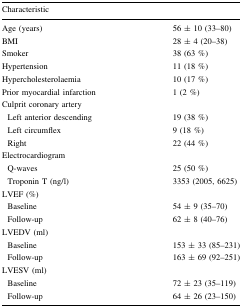
<table><thead><tr><td><b>Characteristic</b></td><td></td></tr></thead><tbody><tr><td>Age (years)</td><td>56 ± 10 (33–80)</td></tr><tr><td>BMI</td><td>28 ± 4 (20–38)</td></tr><tr><td>Smoker</td><td>38 (63 %)</td></tr><tr><td>Hypertension</td><td>11 (18 %)</td></tr><tr><td>Hypercholesterolaemia</td><td>10 (17 %)</td></tr><tr><td>Prior myocardial infarction</td><td>1 (2 %)</td></tr><tr><td colspan="2">Culprit coronary artery</td></tr><tr><td> Left anterior descending</td><td>19 (38 %)</td></tr><tr><td> Left circumflex</td><td>9 (18 %)</td></tr><tr><td> Right</td><td>22 (44 %)</td></tr><tr><td colspan="2">Electrocardiogram</td></tr><tr><td> Q-waves</td><td>25 (50 %)</td></tr><tr><td> Troponin T (ng/l)</td><td>3353 (2005, 6625)</td></tr><tr><td colspan="2">LVEF (%)</td></tr><tr><td> Baseline</td><td>54 ± 9 (35–70)</td></tr><tr><td> Follow-up</td><td>62 ± 8 (40–76)</td></tr><tr><td colspan="2">LVEDV (ml)</td></tr><tr><td> Baseline</td><td>153 ± 33 (85–231)</td></tr><tr><td> Follow-up</td><td>163 ± 69 (92–251)</td></tr><tr><td colspan="2">LVESV (ml)</td></tr><tr><td> Baseline</td><td>72 ± 23 (35–119)</td></tr><tr><td> Follow-up</td><td>64 ± 26 (23–150)</td></tr></tbody></table>